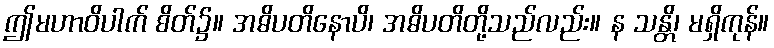
ဤမဟာဝိပါက် စိတ်၌။ အဓိပတိနောပိ၊ အဓိပတိတို့သည်လည်း။ န သန္တိ၊ မရှိကုန်။